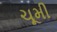
ચૂમી